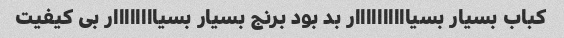
کباب بسیار بسیاااااااااار بد بود برنج بسیار بسیاااااااار بی کیفیت